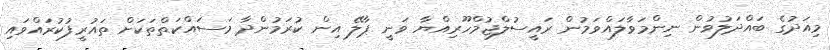
މިއަދުގެ ބައްދަލުވުން ނިންމަވާލައްވަމުން ރައީސުލްޖުމްހޫރިއްޔާ ވަނީ ޕާލޭ އިން ކުރަމުންދާ މަސައްކަތްތަކަށް ތައުރީފުކުރައްވައި